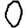
Digit: 0